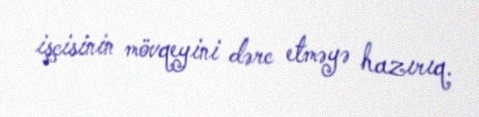
işçisinin mövqeyini dərc etməyə hazırıq.